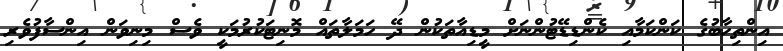
އިންތިހާބުގެ ކަންކަމާއި ކެންޑިޑޭޓުންނަށް މީޑިއާތަކުން ދޭ ހަމަލާތައް މޮނިޓަކުރުމަކީ ވެސް މިނިވަން އިންސާފުވެރި